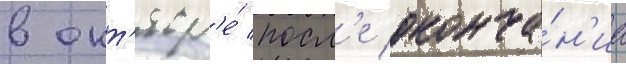
в окт'ябр'е́ посл'е оконча́н'иа